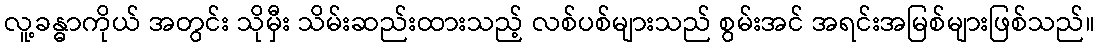
လူ့ခန္ဓာကိုယ် အတွင်း သိုမှီး သိမ်းဆည်းထားသည့် လစ်ပစ်များသည် စွမ်းအင် အရင်းအမြစ်များဖြစ်သည်။